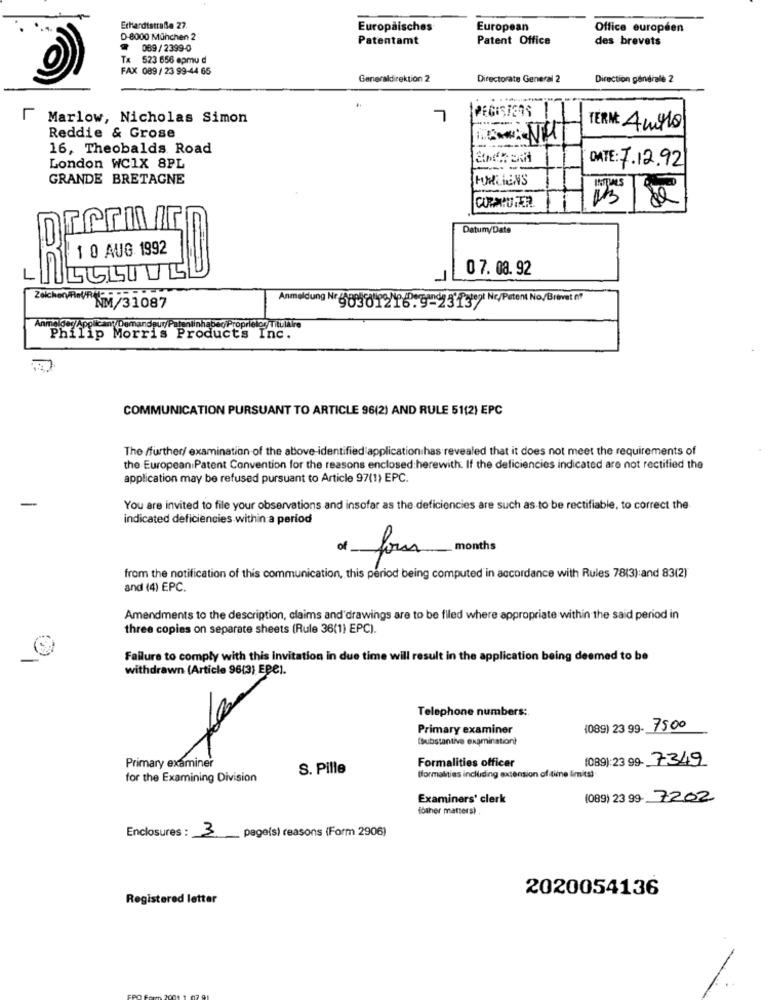
Echardistraße 27.
Europäisches
European
Office européen
D-8000 München 2
Patentamt
Patent Office
des brevets
089 / 2399-0
Tx 523 656 epmu d
FAX 089/ 23 99-44 65
Generaldirektion 2
Directorate General 2
Direction générale 2
L
F Marlow, Nicholas Simon
PEGISIERS
TERM: Amylo
Reddie & Grose
16, Theobalds Road
London WC1X 8PL
DATE: 7.12.92
GRANDE BRETAGNE
FORLIENS
CORMIDTER
Datum/Date
1 0 AUG 1992
0 7. 08.92
Zeichen/Plat
Anmeldung Nr. 689812/16.9-231371 c/Patent No/Brevet of
NM/31087
Anmelder/Appilcany Demandeur/ Patentinhaber Proprietor Titulaire
Philip Morris Products Inc.
COMMUNICATION PURSUANT TO ARTICLE 96(2) AND RULE 51(2) EPC
The /further/ examination of the above-identified application has revealed that it does not meet the requirements of
the European Patent Convention for the reasons enclosed herewith. If the deficiencies indicated are not rectified the
application may be refused pursuant to Article 97(1) EPC.
-
You are invited to file your observations and insofar as the deficiencies are such as to be rectifiable, to correct the
indicated deficiencies within a period
of four months
from the notification of this communication, this period being computed in accordance with Rules 78(3):and 83(2)
and (4) EPC.
Amendments to the description, claims and'drawings are to be filed where appropriate within the said period in
three copies on separate sheets (Rule 36(1) EPC).
Failure to comply with this Invitation in due time will result in the application being deemed to be
withdrawn (Article 96(3) EPe).
Telephone numbers:
Primary examiner
(089) 23 99- 7500
(substantive examination}
Primary examiner
Formalities officer
(089):23 99- 7349
S. Pille
for the Examining Division
(formalities including extension of time limits)
Examiners' clerk
(089) 23 99- 7202
(other matters) .
Enclosures :
3
_page(s) reasons (Form 2906)
2020054136
Registered letter